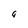
Character: a